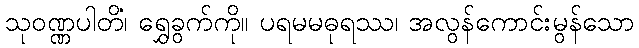
သုဝဏ္ဏပါတိံ၊ ရွှေခွက်ကို။ ပရမမဓုရဿ၊ အလွန်ကောင်းမွန်သော